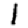
Digit: 1